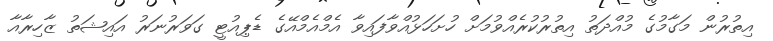
އިތުރުން މަގާމުގެ މުއްދަތު އިތުރުކުރެއްވުމަށް ހުށަހަޅުއްވާފައިވާ އެމްއެމްއޭގެ ޑެޕިއުޓީ ގަވަރުނަރު އައިޝަތު ޒާހިރާއާ